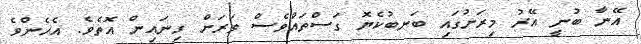
އޭނާ ބުނީ އޭރު މިރަށުގައި ބަނބުކެޔޮ ގަސްތައްވެސް ވަރަށް ގިނައިން އޮތެވެ. އެހެންވެ